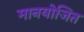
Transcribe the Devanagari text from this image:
मानयोजित